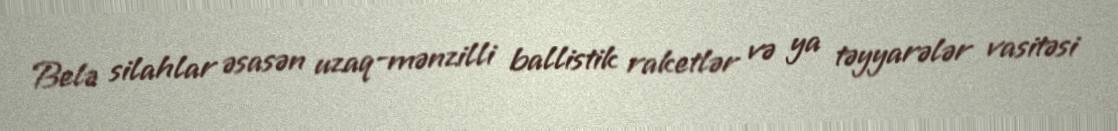
Belə silahlar əsasən uzaq-mənzilli ballistik raketlər və ya təyyarələr vasitəsi